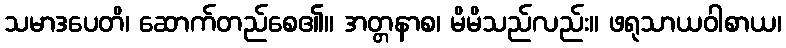
သမာဒပေတိ၊ ဆောက်တည်စေ၏။ အတ္တနာစ၊ မိမိသည်လည်း။ ဖရုသာယဝါစာယ၊